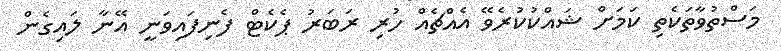
މަސްތުވާތަކެތި ކަމަށް ޝައްކުކުރެވޭ އެއްޗެއް ހުރި ރަބަރު ޕެކެޓް ފެނިފައިވަނީ އޭނާ ލައިގެން